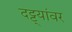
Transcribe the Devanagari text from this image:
दट्ट्यांवर